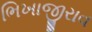
ભિખાજીરાવ